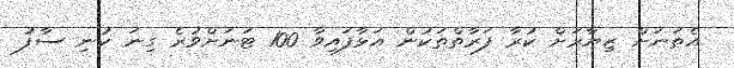
އެތަނަށް ޒިޔާރަށް ކުރާ ފަރާތްތަކުން އަޅާފައިވާ 100 ޓަނަށްވުރެ ގިނަ ކުނި ސާފު